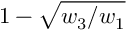
1 - \sqrt { w _ { 3 } / w _ { 1 } }